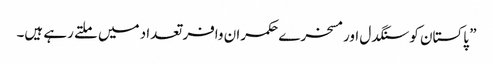
” پاکستان کو سنگدل اور مسخرے حکمران وافر تعداد میں ملتے رہے ہیں۔